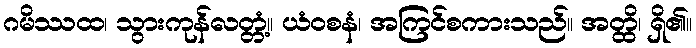
ဂမိဿထ၊ သွားကုန်လတ္တံ့။ ယံဝစနံ၊ အကြင်စကားသည်။ အတ္ထိ၊ ရှိ၏။